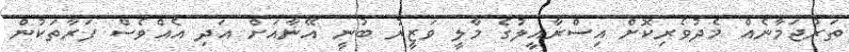
ތަރުޖަމާނެއް މެދުވެރިކޮށް އިސްރާއީލުގެ މާލީ ވަޒީރު ބުނީ އޭނާއަށް އަދި އެއްވެސް ފަރާތަކުން